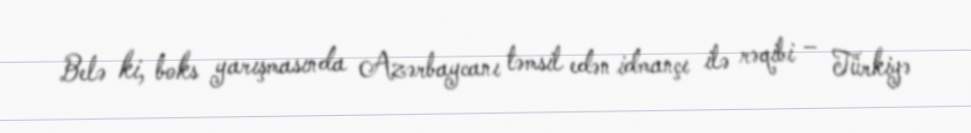
Belə ki, boks yarışmasında Azərbaycanı təmsil edən idmançı ilə rəqibi – Türkiyə